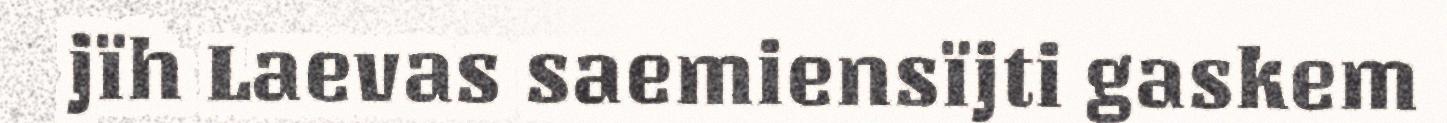
jïh Laevas saemiensïjti gaskem